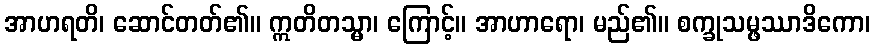
အာဟရတိ၊ ဆောင်တတ်၏။ ဣတိတသ္မာ၊ ကြောင့်။ အာဟာရော၊ မည်၏။ စက္ခုသမ္ဖဿာဒိကော၊